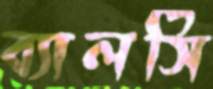
ব্যালসি